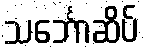
သင်္ဘောဆိပ်